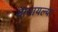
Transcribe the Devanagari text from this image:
वाचायल्या